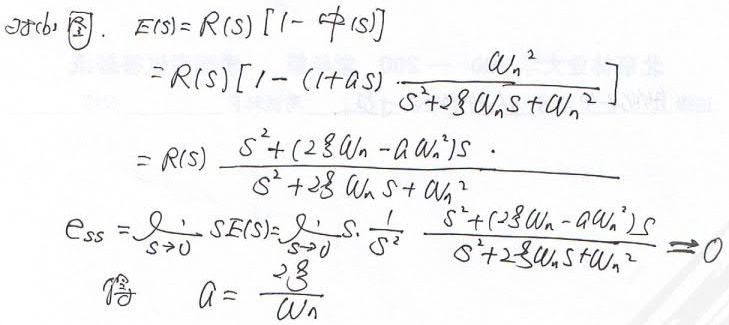
3. (b) 图.
\(E(s)=R(s)[1 - \varphi(s)]\)
\(=R(s)\left[1-(1 + as)\cdot\frac{\omega_{n}^{2}}{s^{2}+2\zeta\omega_{n}s+\omega_{n}^{2}}\right]\)
\(=R(s)\frac{s^{2}+(2\zeta\omega_{n}-a\omega_{n}^{2})s}{s^{2}+2\zeta\omega_{n}s+\omega_{n}^{2}}\)
\(e_{ss}=\lim_{s\rightarrow0}sE(s)=\lim_{s\rightarrow0}s\cdot\frac{1}{s^{2}}\cdot\frac{s^{2}+(2\zeta\omega_{n}-a\omega_{n}^{2})s}{s^{2}+2\zeta\omega_{n}s+\omega_{n}^{2}} = 0\)
令 \(a = \frac{2\zeta}{\omega_{n}}\)